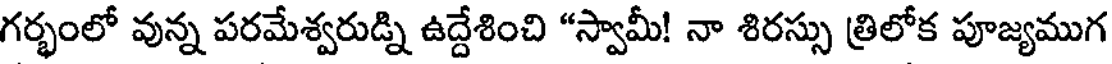
గర్భంలో వున్న పరమేశ్వరుడ్ని ఉద్దేశించి "స్వామీ! నా శిరస్సు త్రిలోక పూజ్యముగ